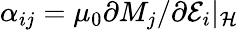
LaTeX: \alpha_{ij}=\mu_{0}\partial M_{j}/\partial\mathcal{E}_{i}\rvert_{\mathcal{H}}